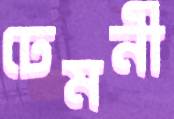
ঢেমনী